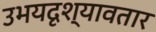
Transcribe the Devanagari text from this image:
उभयदृश्यावतार